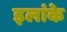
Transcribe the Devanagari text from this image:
इलांके